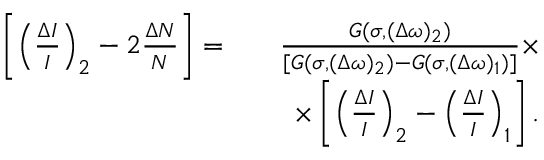
\begin{array} { r l r } { \left[ \left( \frac { \Delta I } { I } \right) _ { 2 } - 2 \frac { \Delta N } { N } \right] = } & { } & { \frac { G ( \sigma , ( \Delta \omega ) _ { 2 } ) } { [ G ( \sigma , ( \Delta \omega ) _ { 2 } ) - G ( \sigma , ( \Delta \omega ) _ { 1 } ) ] } \times } \\ & { } & { \times \left[ \left( \frac { \Delta I } { I } \right) _ { 2 } - \left( \frac { \Delta I } { I } \right) _ { 1 } \right] . } \end{array}